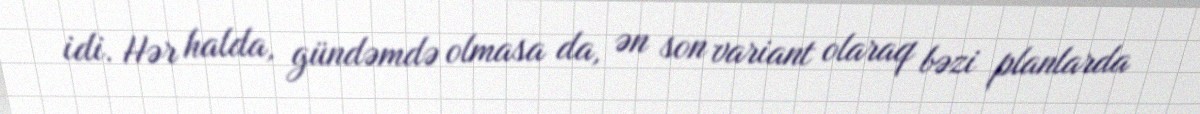
idi. Hər halda, gündəmdə olmasa da, ən son variant olaraq bəzi planlarda